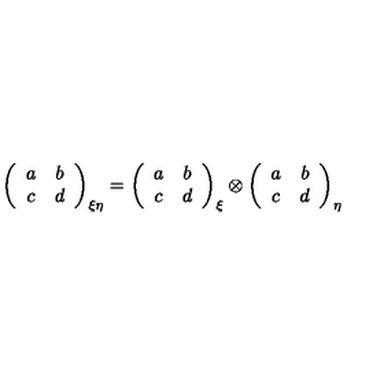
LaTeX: \left( \begin{array} { c c } { a } & { b } \\ { c } & { d } \\ \end{array} \right) _ { \xi \eta } = \left( \begin{array} { c c } { a } & { b } \\ { c } & { d } \\ \end{array} \right) _ { \xi } \otimes \left( \begin{array} { c c } { a } & { b } \\ { c } & { d } \\ \end{array} \right) _ { \eta }